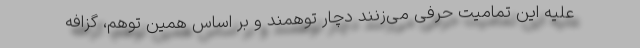
علیه این تمامیت حرفی می‌زنند دچار توهمند و بر اساس همین توهم، گزافه